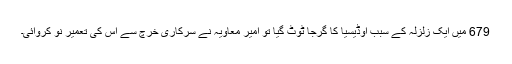
679 میں ایک زلزلہ کے سبب اوڈیسیا کا گرجا ٹوٹ گیا تو امیر معاویہ نے سرکاری خرچ سے اس کی تعمیر نو کروائی۔